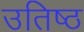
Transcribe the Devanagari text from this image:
उतिष्ठ